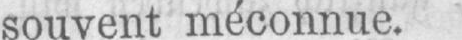
souvent méconnue.